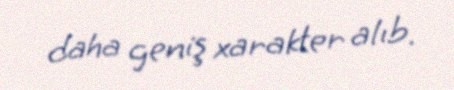
daha geniş xarakter alıb.